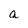
Character: a